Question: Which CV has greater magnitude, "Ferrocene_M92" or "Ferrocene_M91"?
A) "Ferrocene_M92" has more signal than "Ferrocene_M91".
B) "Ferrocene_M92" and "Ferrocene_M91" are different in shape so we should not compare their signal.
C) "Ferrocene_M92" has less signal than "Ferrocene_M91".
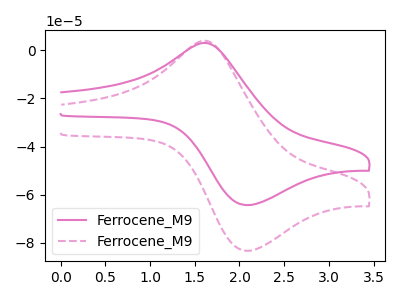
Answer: <think>The pink curve "Ferrocene_M91" has an anodic peak at (1.65V, 2.90uA) and a cathodic peak at (2.05V, -64.30uA). The pink dashed curve "Ferrocene_M92" has an anodic peak at (1.65V, 3.75uA) and a cathodic peak at (2.05V, -83.25uA).
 All the peaks in "Ferrocene_M92" have a peak in "Ferrocene_M91" at the same potential. Every peak in "Ferrocene_M92" is higher than every peak in "Ferrocene_M91".</think>
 <answer>A) "Ferrocene_M92" has more signal than "Ferrocene_M91".</answer>
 <eval>A</eval>